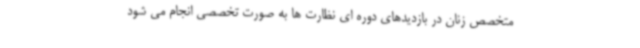
متخصص زنان در بازدیدهای دوره ای نظارت ها به صورت تخصصی انجام می شود